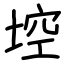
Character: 埪